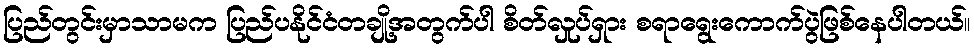
ပြည်တွင်းမှာသာမက ပြည်ပနိုင်ငံတချို့အတွက်ပါ စိတ်လှုပ်ရှား စရာရွေးကောက်ပွဲဖြစ်နေပါတယ်။